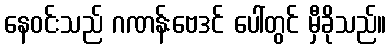
နေဝင်းသည် ဂဏန်းဗေဒင် ပေါ်တွင် မှီခိုသည်။